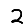
Digit: 2